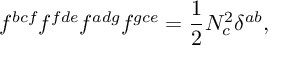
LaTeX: f ^ { b c f } f ^ { f d e } f ^ { a d g } f ^ { g c e } = \frac { 1 } { 2 } N _ { c } ^ { 2 } \delta ^ { a b } ,